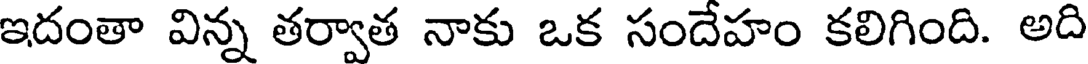
ఇదంతా విన్న తర్వాత నాకు ఒక సందేహం కలిగింది. అది